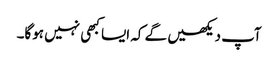
آپ دیکھیں گے کہ ایسا کبھی نہیں ہوگا۔